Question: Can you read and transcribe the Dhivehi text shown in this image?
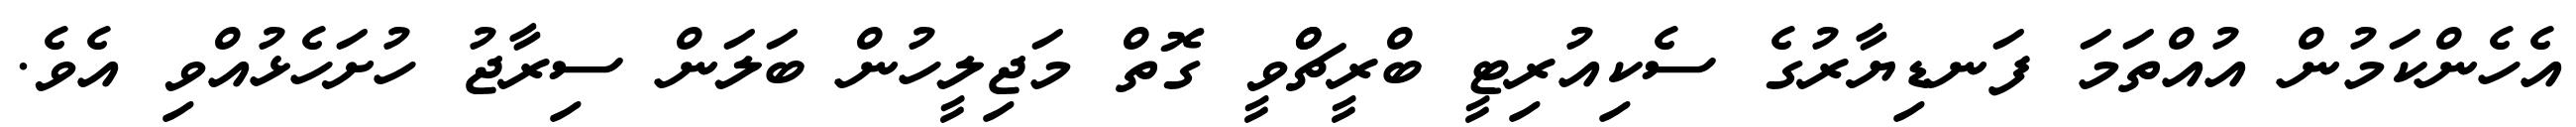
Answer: އެހެންކަމުން އުއްތަމަ ފަނޑިޔާރުގެ ސެކިއުރިޓީ ބްރީޗްްވީ ގޮތް މަޖިލީހުން ބަލަން ސިރާޖު ހުށަހެޅުއްވި އެވެ.